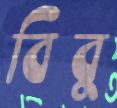
বিবুু